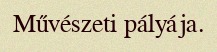
Művészeti pályája.